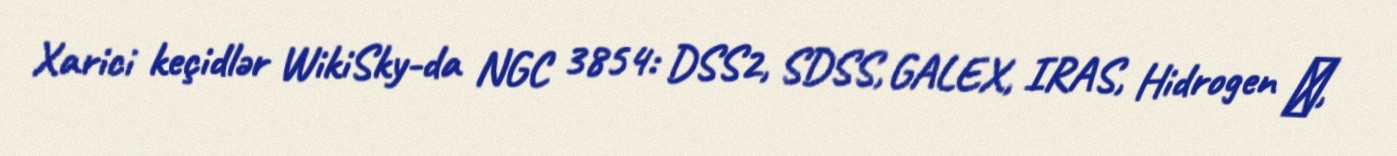
Xarici keçidlər WikiSky-da NGC 3854: DSS2, SDSS, GALEX, IRAS, Hidrogen α,